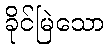
ခိုင်မြဲသော